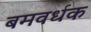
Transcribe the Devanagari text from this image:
बमवर्धक